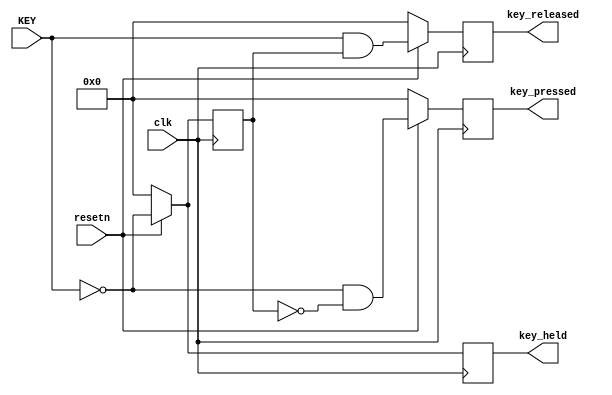
module KeyListener(
	input clk,
	input resetn,
	input [3:0] KEY,
	output reg [3:0] key_pressed,
	output reg [3:0] key_held,
	output reg [3:0] key_released
);

reg [3:0] prev_state;
	
always @(posedge clk)
begin
	if (!resetn) begin
		prev_state <= 4'd0;
		key_pressed <= 4'd0;
		key_held <= 4'd0;
		key_released <= 4'd0;
	end
	else begin
		key_pressed <= ~KEY & (~prev_state);
		key_held <= ~KEY;
		key_released <= KEY & prev_state;
		prev_state <= ~KEY;
	end
end
	
endmodule